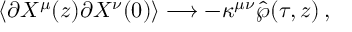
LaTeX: \left< \partial X ^ { \mu } ( z ) \partial X ^ { \nu } ( 0 ) \right> \longrightarrow - \kappa ^ { \mu \nu } \hat { \wp } ( \tau , z ) \, ,